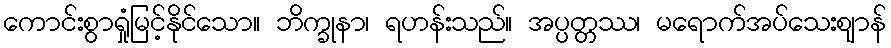
ကောင်းစွာရှုံမြင့်နိုင်သော။ ဘိက္ခုနာ၊ ရဟန်းသည်။ အပ္ပတ္တဿ၊ မရောက်အပ်သေးဈာန်